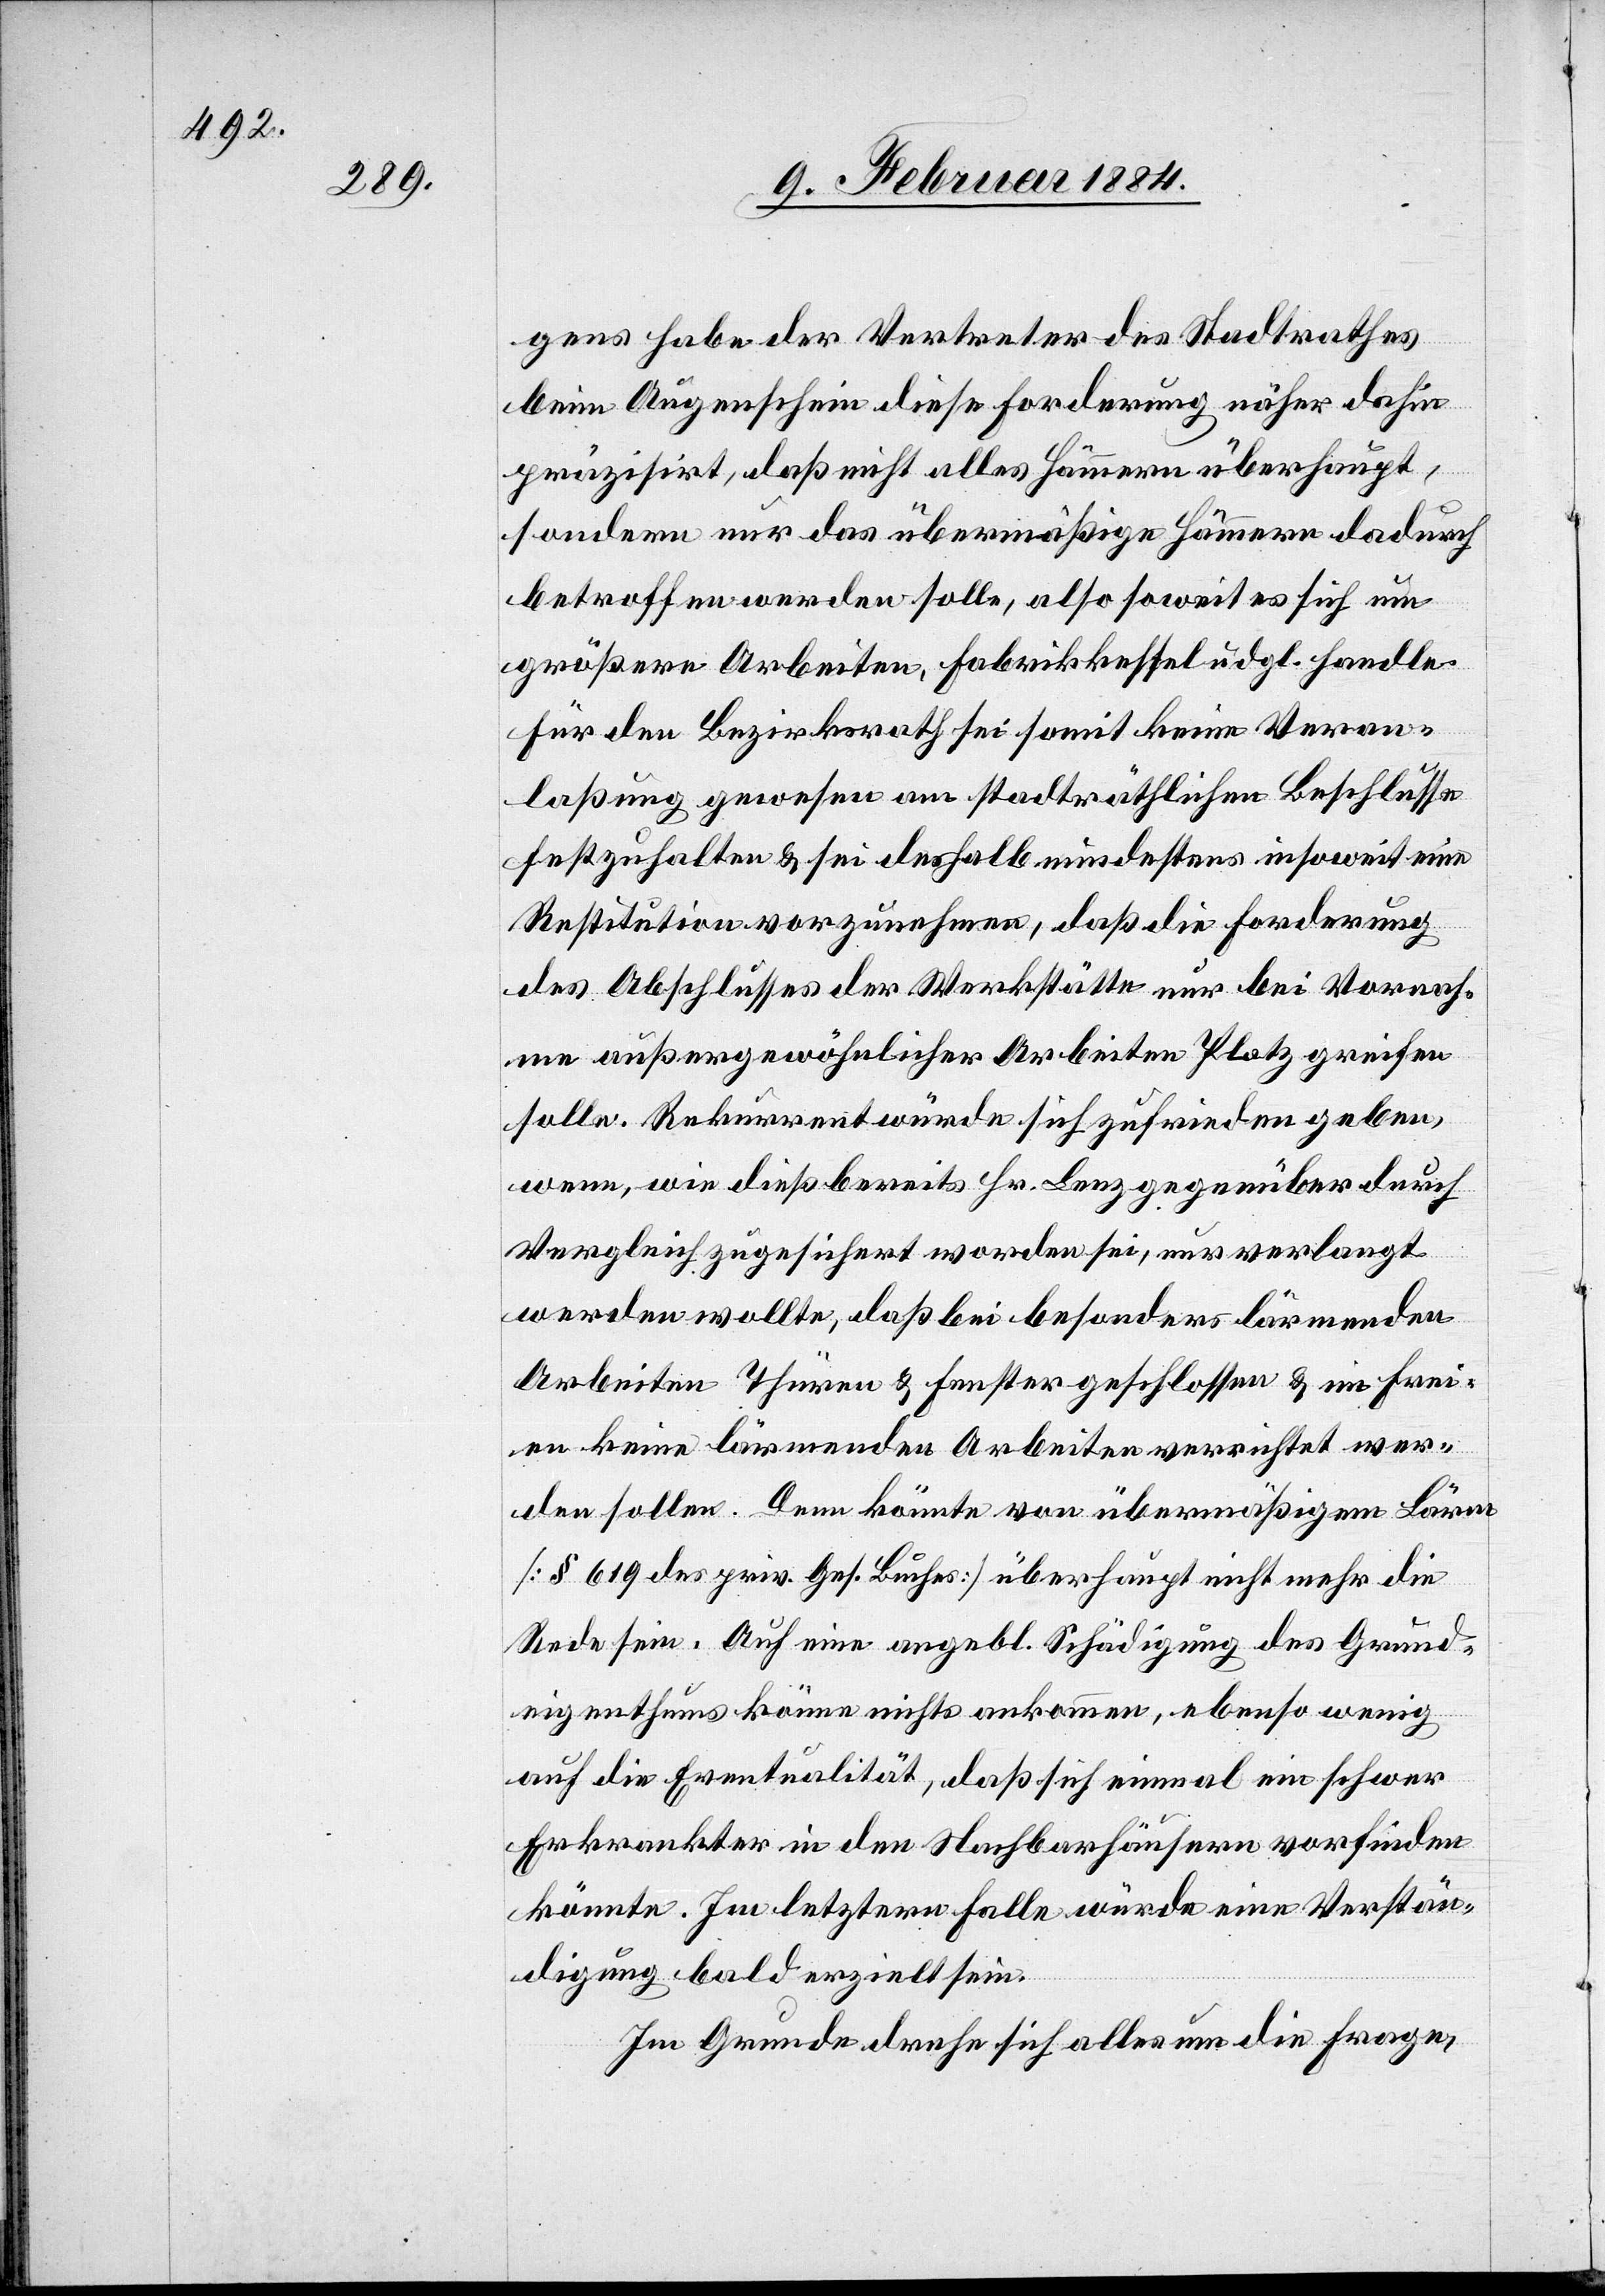
gens habe der Vertreter des Stadtrathes
beim Augenschein diese Forderung näher dahin
präzisirt, daß nicht alles Hämmern überhaupt,
sondern nur das übermäßige Hämmern dadurch
betroffen werden solle, also soweit es sich um
größere Arbeiten, Fabrikkessel udgl. handle.
Für den Bezirksrath sei somit keine Veran¬
laßung gewesen am stadträthlichen Beschlusse
festzuhalten & sei deshalb mindestens insoweit eine
Restitution vorzunehmen, daß die Forderung
des Abschlusses der Werkstätten nur bei Vornah¬
me außergewöhnlicher Arbeiten Platz greifen
solle. Rekurrent würde sich zufrieden geben,
wenn, wie dieß bereits Hr. Lenz gegenüber durch
Vergleich zugesichert worden sei, nur verlangt
werden wollte, daß bei besonders lärmenden
Arbeiten Thüren & Fenster geschlossen & im Frei¬
en keine lärmenden Arbeiten verrichtet wer¬
den sollen. Dann könnte von übermäßigem Lärm
[§ 619 des priv. Ges. Buches] überhaupt nicht mehr die
Rede sein. Auf eine angebl. Schädigung des Grund¬
eigenthums könne nichts ankommen, ebenso wenig
auf die Eventualität, daß sich einmal ein schwer
Erkrankter in den Nachbarhäusern vorfinden
könnte. Im letztern Falle würde eine Verstän¬
digung bald erzielt sein.
Im Grunde drehe sich alles um die Frage,